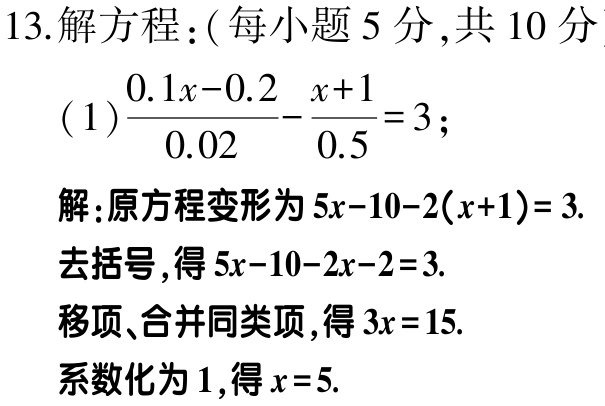
13.解方程：( 每小题 5 分,共 10 分

(1)$\frac{0.1x - 0.2}{0.02}-\frac{x + 1}{0.5}=3$；

解:原方程变形为$5x - 10 - 2(x + 1)= 3.$

去括号,得$5x - 10 - 2x - 2 = 3.$

移项、合并同类项,得$3x = 15.$

系数化为 1,得$x = 5.$